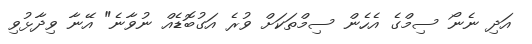
އަދި ނެނޯ ސިމްގެ އެހެން ސިމްތަކަށް ވުރެ އަގުބޮޑެއް ނުވާނެ" އޭނާ ވިދާޅުވި